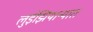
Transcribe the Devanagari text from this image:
लुईझियान्यात